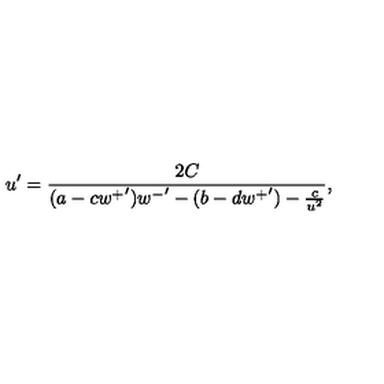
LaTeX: u ^ { \prime } = \frac { 2 C } { ( a - c { w ^ { + } } ^ { \prime } ) { w ^ { - } } ^ { \prime } - ( b - d { w ^ { + } } ^ { \prime } ) - \frac { c } { u ^ { 2 } } } ,